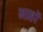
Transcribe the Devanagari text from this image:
भाहों